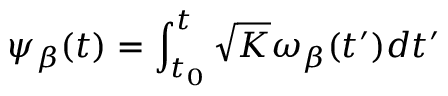
\psi _ { \beta } ( t ) = \int _ { t _ { 0 } } ^ { t } \sqrt { K } \omega _ { \beta } ( t ^ { \prime } ) d t ^ { \prime }